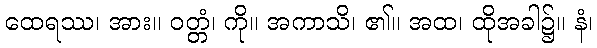
ထေရဿ၊ အား။ ဝတ္တံ၊ ကို။ အကာသိ၊ ၏။ အထ၊ ထိုအခါ၌။ နံ၊